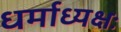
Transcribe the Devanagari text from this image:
धर्माध्यक्षः